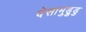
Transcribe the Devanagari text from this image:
देसामुड्रुडु